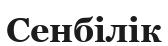
Сенбілік